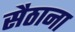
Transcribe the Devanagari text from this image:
सैठाना